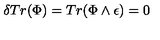
\delta T r ( \Phi ) = T r ( \Phi \wedge \epsilon ) = 0